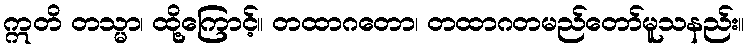
ဣတိ တသ္မာ၊ ထို့ကြောင့်။ တထာဂတော၊ တထာဂတမည်တော်မူသနည်း။